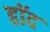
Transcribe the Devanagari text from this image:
हॉद